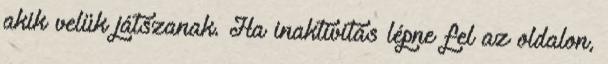
akik velük játszanak. Ha inaktivitás lépne fel az oldalon,